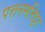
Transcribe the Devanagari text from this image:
पत्तनमत्तिट्टा